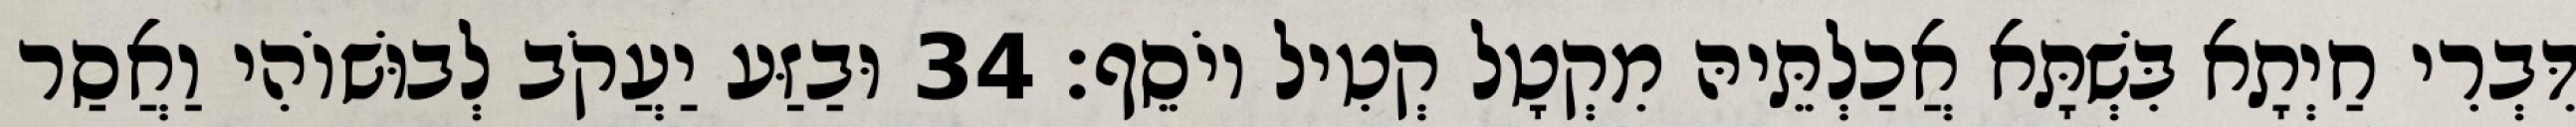
דִּבְרִי חַיְתָא בִּשְׁתָּא אֲכַלְתֵּיהּ מִקְטָל קְטִיל יוֹסֵף׃ 34 וּבַזַּע יַעֲקֹב לְבוּשׁוֹהִי וַאֲסַר